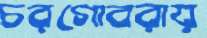
চরগোবরায়